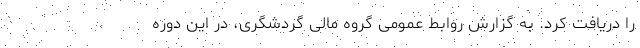
را دریافت کرد. به گزارش روابط عمومی گروه مالی گردشگری، در این دوره